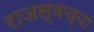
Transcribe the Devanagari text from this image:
राजस्वच्या